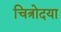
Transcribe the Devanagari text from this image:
चित्रोदया